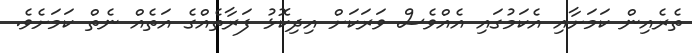
ތެރެއިން ކަމަށާއި އެކަމުގައި އެއްވެސް ވަރަކަށް އިދިކޮޅު ފަރާތެއްގެ އަތެއް ނެތް ކަމަށެވެ.